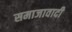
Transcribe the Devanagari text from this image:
समाजावादी